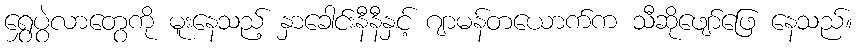
ရွှေပွဲလာတွေကို မူးနေသည့် နှာခေါင်းနီနီနှင့် ဂျာမန်တယောက်က သီဆိုဖျော်ဖြေ နေသည်။